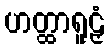
ဟတ္ထာရူဠှံ